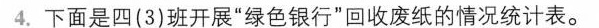
4.下面是四(3)班开展”绿色银行”回收废纸的情况统计表。